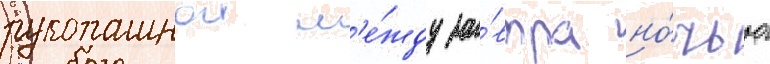
рукопашнои м'е́жду за́втра но́чью